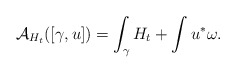
\begin{align*}\mathcal{A}_{H_{t}}([\gamma, u])= \int_{\gamma}H_{t} +\int u^{*}\omega.\end{align*}